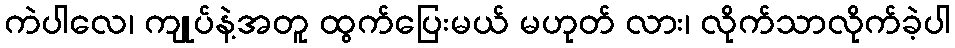
ကဲပါလေ၊ ကျုပ်နဲ့အတူ ထွက်ပြေးမယ် မဟုတ် လား၊ လိုက်သာလိုက်ခဲ့ပါ